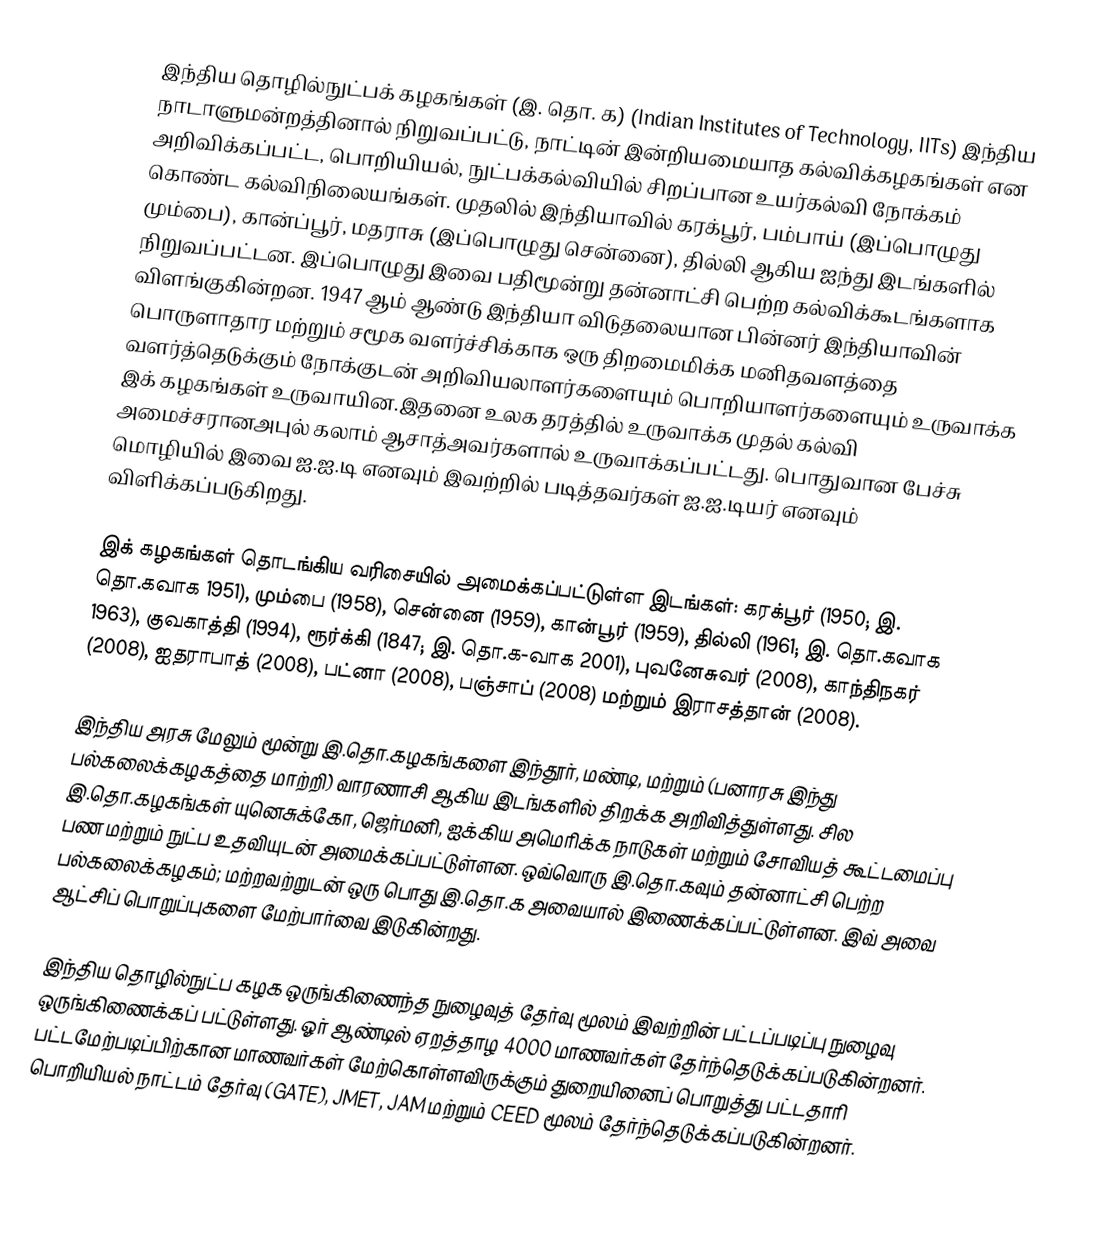
இந்திய தொழில்நுட்பக் கழகங்கள் (இ. தொ. க) (Indian Institutes of Technology, IITs) இந்திய நாடாளுமன்றத்தினால் நிறுவப்பட்டு, நாட்டின் இன்றியமையாத கல்விக்கழகங்கள் என அறிவிக்கப்பட்ட, பொறியியல், நுட்பக்கல்வியில் சிறப்பான உயர்கல்வி நோக்கம் கொண்ட கல்விநிலையங்கள். முதலில் இந்தியாவில் கரக்பூர், பம்பாய் (இப்பொழுது மும்பை), கான்ப்பூர், மதராசு (இப்பொழுது சென்னை), தில்லி ஆகிய ஐந்து இடங்களில் நிறுவப்பட்டன. இப்பொழுது இவை பதிமூன்று தன்னாட்சி பெற்ற கல்விக்கூடங்களாக விளங்குகின்றன. 1947 ஆம் ஆண்டு இந்தியா விடுதலையான பின்னர் இந்தியாவின் பொருளாதார மற்றும் சமூக வளர்ச்சிக்காக ஒரு திறமைமிக்க மனிதவளத்தை வளர்த்தெடுக்கும் நோக்குடன் அறிவியலாளர்களையும் பொறியாளர்களையும் உருவாக்க இக் கழகங்கள் உருவாயின.இதனை உலக தரத்தில் உருவாக்க முதல் கல்வி அமைச்சரானஅபுல் கலாம் ஆசாத்அவர்களால் உருவாக்கப்பட்டது. பொதுவான பேச்சு மொழியில் இவை ஐ.ஐ.டி எனவும் இவற்றில் படித்தவர்கள் ஐ.ஐ.டியர் எனவும் விளிக்கப்படுகிறது.

இக் கழகங்கள் தொடங்கிய வரிசையில் அமைக்கப்பட்டுள்ள இடங்கள்: கரக்பூர் (1950; இ. தொ.கவாக 1951), மும்பை (1958), சென்னை (1959), கான்பூர் (1959), தில்லி (1961; இ. தொ.கவாக 1963), குவகாத்தி (1994), ரூர்க்கி (1847; இ. தொ.க-வாக 2001), புவனேசுவர் (2008), காந்திநகர் (2008), ஐதராபாத் (2008), பட்னா (2008), பஞ்சாப் (2008) மற்றும் இராசத்தான் (2008).

இந்திய அரசு மேலும் மூன்று இ.தொ.கழகங்களை இந்தூர், மண்டி, மற்றும் (பனாரசு இந்து பல்கலைக்கழகத்தை மாற்றி) வாரணாசி ஆகிய இடங்களில் திறக்க அறிவித்துள்ளது. சில இ.தொ.கழகங்கள் யுனெசுக்கோ, ஜெர்மனி, ஐக்கிய அமெரிக்க நாடுகள் மற்றும் சோவியத் கூட்டமைப்பு பண மற்றும் நுட்ப உதவியுடன் அமைக்கப்பட்டுள்ளன. ஒவ்வொரு இ.தொ.கவும் தன்னாட்சி பெற்ற பல்கலைக்கழகம்; மற்றவற்றுடன் ஒரு பொது இ.தொ.க அவையால் இணைக்கப்பட்டுள்ளன. இவ் அவை ஆட்சிப் பொறுப்புகளை மேற்பார்வை இடுகின்றது.

இந்திய தொழில்நுட்ப கழக ஒருங்கிணைந்த நுழைவுத் தேர்வு மூலம் இவற்றின் பட்டப்படிப்பு நுழைவு ஒருங்கிணைக்கப் பட்டுள்ளது. ஓர் ஆண்டில் ஏறத்தாழ 4000 மாணவர்கள் தேர்ந்தெடுக்கப்படுகின்றனர். பட்டமேற்படிப்பிற்கான மாணவர்கள் மேற்கொள்ளவிருக்கும் துறையினைப் பொறுத்து  பட்டதாரி பொறியியல் நாட்டம் தேர்வு (GATE), JMET, JAM மற்றும் CEED மூலம் தேர்ந்தெடுக்கப்படுகின்றனர்.